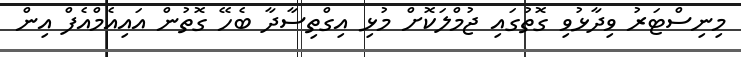
މިނިސްޓަރު ވިދާޅުވި ގޮތުގައި ޖުމްލަކޮށް މުޅި އިގްތިސާދާ ބެހޭ ގޮތުން އައިއެމްއެފް އިން